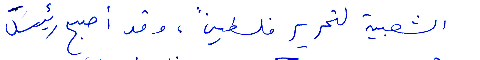
الشعبية لتحرير فلسطين، وقد اصبح رئيس